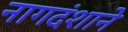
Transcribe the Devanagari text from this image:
नागदंशाने